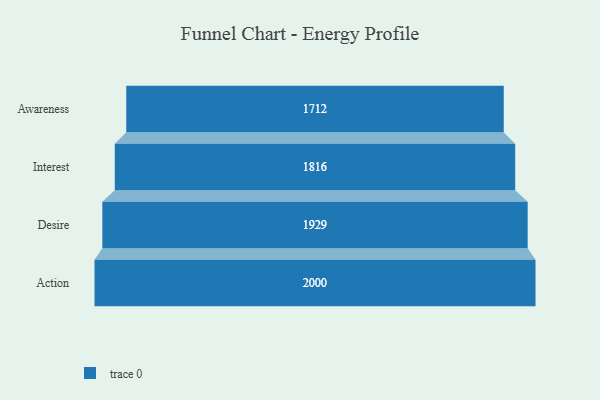
{"axis": {"x": "Stage", "y": "Value"}, "legend": [""], "data": [{"x": "Awareness", "y": 1712.0, "type": ""}, {"x": "Interest", "y": 1816.0, "type": ""}, {"x": "Desire", "y": 1929.0, "type": ""}, {"x": "Action", "y": 2000, "type": ""}]}